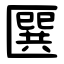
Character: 㔵